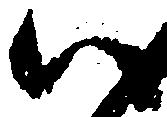
い